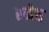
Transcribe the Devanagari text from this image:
स्नेच